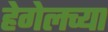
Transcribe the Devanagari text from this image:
हेगेलच्या